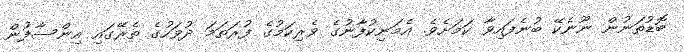
ބޮޑުތަނުން ނޫނެކޭ ބުނެފައިވާ ކަމަށެވެ. އެމަނިކުފާނުގެ ވެރިކަމުގެ ފުރަތަމަ ދުވަހުގެ ތެރޭގައި އިންސާފުން